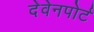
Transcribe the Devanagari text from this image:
देवेनपोर्ट